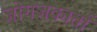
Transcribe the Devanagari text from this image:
जोगजकार्ता